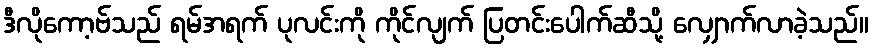
ဒီလိုကော့ဗ်သည် ရမ်အရက် ပုလင်းကို ကိုင်လျက် ပြတင်းပေါက်ဆီသို့ လျှောက်လာခဲ့သည်။